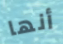
أنها